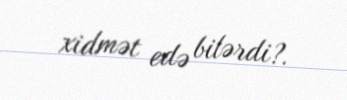
xidmət edə bilərdi?.